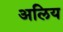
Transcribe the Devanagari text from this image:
अलिय